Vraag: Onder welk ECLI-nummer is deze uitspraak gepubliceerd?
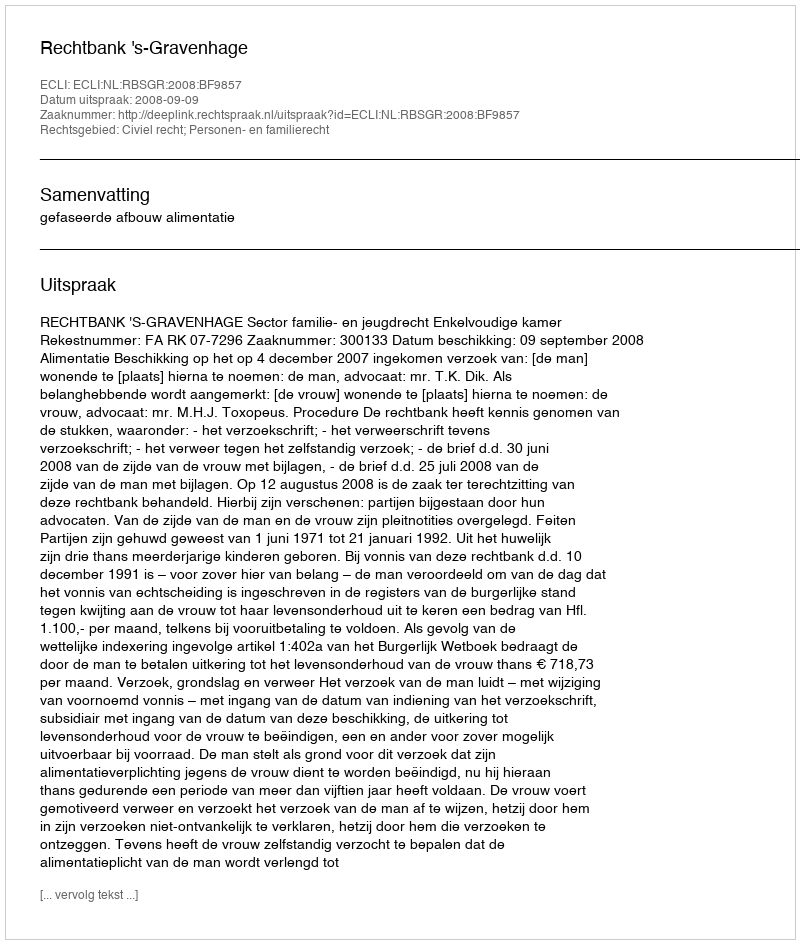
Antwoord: ECLI:NL:RBSGR:2008:BF9857